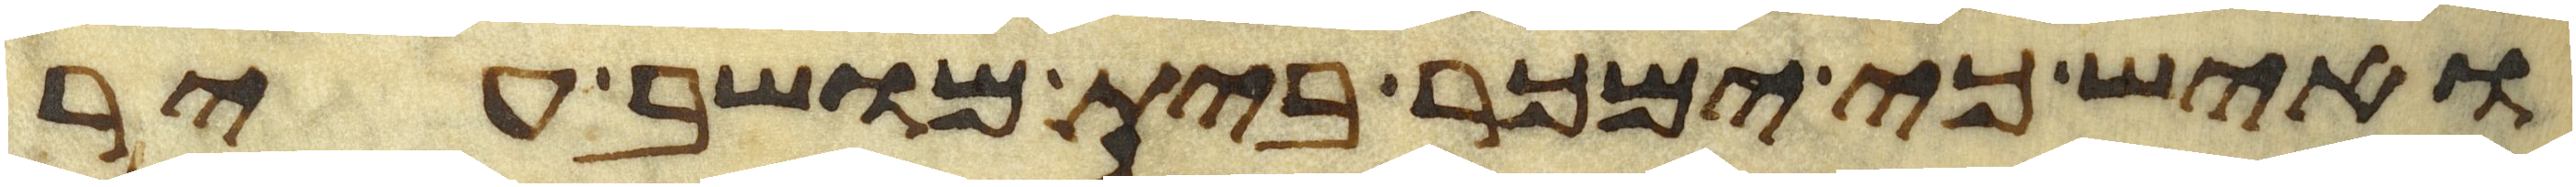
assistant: ואיש כי ימכר בית מושב עיר